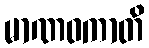
မာဏဝကာတိ